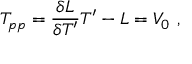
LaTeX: T _ { p p } = { \frac { \delta { { \cal L } } } { \delta T ^ { \prime } } } T ^ { \prime } - { \cal L } = V _ { 0 } \ ,